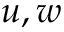
u , w